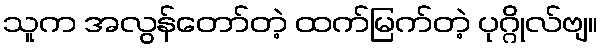
သူက အလွန်တော်တဲ့ ထက်မြက်တဲ့ ပုဂ္ဂိုလ်ဗျ။